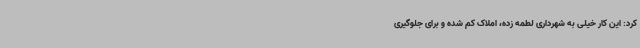
کرد: این کار خیلی به شهرداری لطمه زده، املاک کم شده و برای جلوگیری